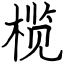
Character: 榄